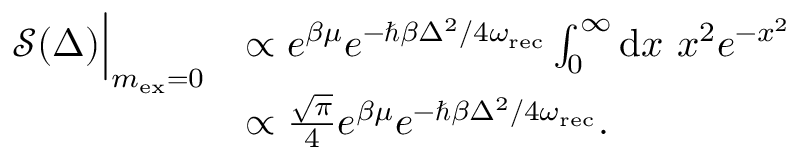
\begin{array} { r l } { \mathcal { S } ( \Delta ) \Big | _ { m _ { \mathrm { e x } } = 0 } } & { \propto e ^ { \beta \mu } e ^ { - \hbar \beta \Delta ^ { 2 } / 4 \omega _ { \mathrm { r e c } } } \int _ { 0 } ^ { \infty } \mathrm { d } x \ x ^ { 2 } e ^ { - x ^ { 2 } } } \\ & { \propto \frac { \sqrt { \pi } } { 4 } e ^ { \beta \mu } e ^ { - \hbar \beta \Delta ^ { 2 } / 4 \omega _ { \mathrm { r e c } } } . } \end{array}